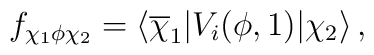
f_{\chi_1\phi\chi_2}=\langle\overline\chi_1|V_i(\phi,1)|\chi_2\rangle\,,